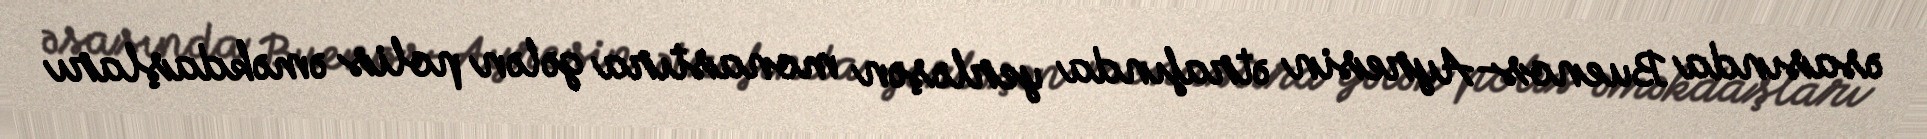
əsasında Buenos-Ayresin ətrafında yerləşən monastıra gələn polis əməkdaşları